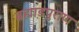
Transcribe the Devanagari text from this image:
ब्रह्मा़डपुराण